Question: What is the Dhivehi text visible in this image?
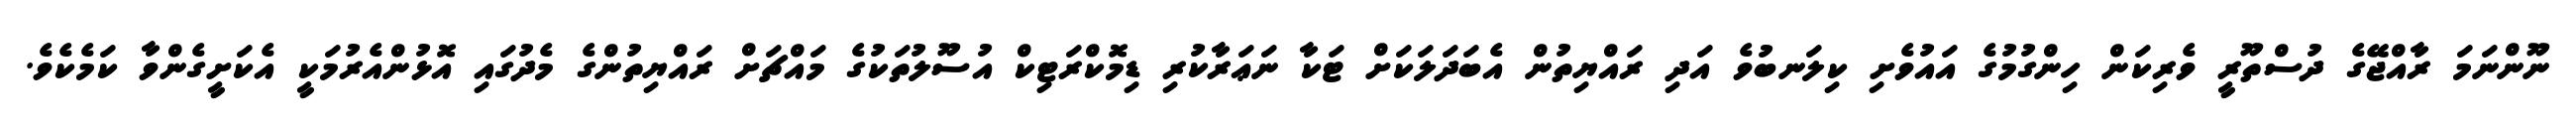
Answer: ނޫންނަމަ ރާއްޖޭގެ ދުސްތޫރީ ވެރިކަން ހިންގުމުގެ އައުވެށި ކިލަނބުވެ އަދި ރައްޔިތުން އެބަދަލަކަށް ޓަކާ ނަޢަރާކުރި ޑިމޮކްރަޓިކް އުސޫލުތަކުގެ މައްޗަށް ރައްޔިތުންގެ މެދުގައި އޮޅުންއެރުމަކީ އެކަށީގެންވާ ކަމެކެވެ.